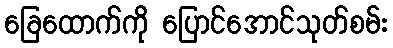
ခြေထောက်ကို ပြောင်အောင်သုတ်စမ်း